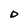
Character: O